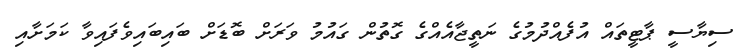
ސިޔާސީ ޕާޓީތައް އުފެއްދުމުގެ ނަތީޖާއެއްގެ ގޮތުން ގައުމު ވަރަށް ބޮޑަށް ބައިބައިވެފައިވާ ކަމަށާއި